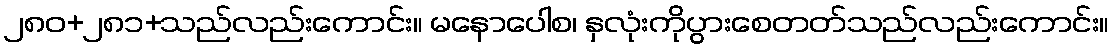
၂၈၀+၂၈၁+သည်လည်းကောင်း။ မနောပေါစ၊ နှလုံးကိုပွားစေတတ်သည်လည်းကောင်း။